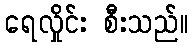
ရေလှိုင်း စီးသည်။